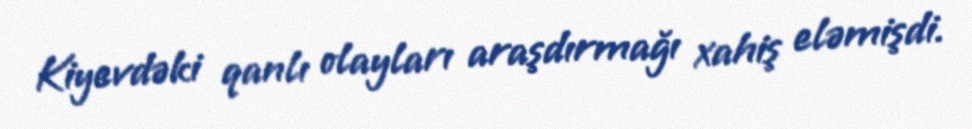
Kiyevdəki qanlı olayları araşdırmağı xahiş eləmişdi.